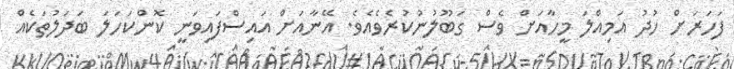
ފަހަރަށް ހުދު އަމިއްލަ މީހާއަށް ވެސް ގަބޫލުނުކުރެވެއެވެ. އޭނާއަށް އައިސްފައިވަނީ ކޮންކަހަލަ ބަދަލުތަކެއް